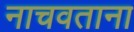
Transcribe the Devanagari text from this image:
नाचवताना